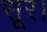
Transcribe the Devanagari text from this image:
सूर।